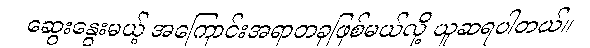
ဆွေးနွေးမယ့် အကြောင်းအရာတခုဖြစ်မယ်လို့ ယူဆရပါတယ်။